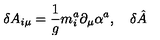
\delta A _ { i \mu } = \frac 1 g m _ { i } ^ { a } \partial _ { \mu } \alpha ^ { a } , \quad \delta \hat { A }